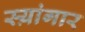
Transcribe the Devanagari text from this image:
स्य़ांगार